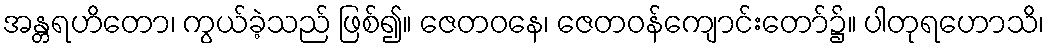
အန္တရဟိတော၊ ကွယ်ခဲ့သည် ဖြစ်၍။ ဇေတဝနေ၊ ဇေတဝန်ကျောင်းတော်၌။ ပါတုရဟောသိ၊